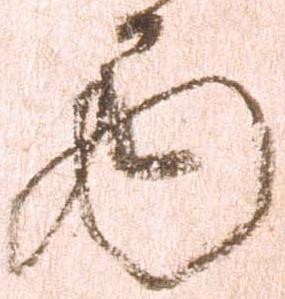
巻